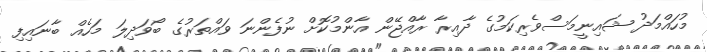
މުހައްމަދު ޝައިނީމަސްވެރިކަމުގެ ދާއިރާ ރާއްޖޭން އާންމުކޮށް ނުފެންނަ ވައްތަރުގެ ބޯވަދިލަ މަހެއް ބާނައިފި